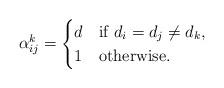
LaTeX: \begin{align*} \alpha_{ij}^k = \begin{cases} d & \mbox{if $d_i=d_j \neq d_k$},\\ 1 & \mbox{otherwise}. \end{cases}\end{align*}